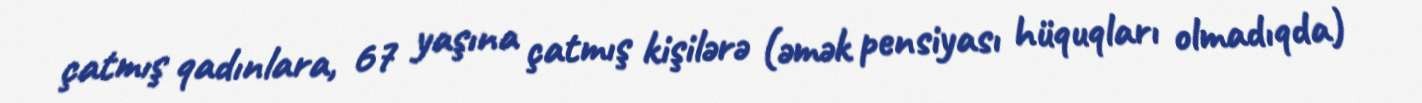
çatmış qadınlara, 67 yaşına çatmış kişilərə (əmək pensiyası hüquqları olmadıqda)